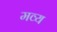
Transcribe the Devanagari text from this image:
मव्य